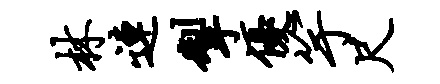
林连掣优竽尺